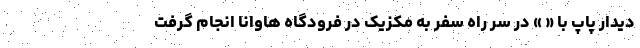
دیدار پاپ با « » در سر راه سفر به مکزیک در فرودگاه هاوانا انجام گرفت